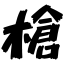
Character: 槍